Document type: Community of property
Year: 1312
Scribe: Pere Amorós
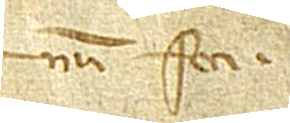
num feci.